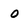
Character: 0